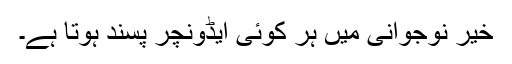
خیر نوجوانی میں ہر کوئی ایڈونچر پسند ہوتا ہے۔